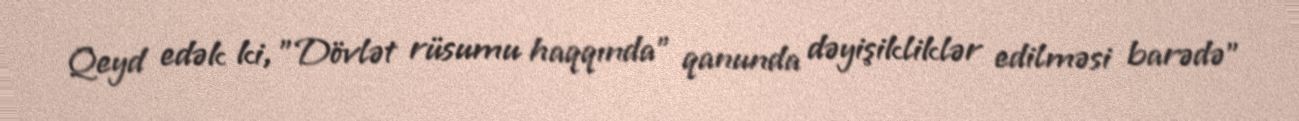
Qeyd edək ki, "Dövlət rüsumu haqqında" qanunda dəyişikliklər edilməsi barədə"